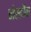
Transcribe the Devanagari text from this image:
चोरकौवा